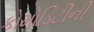
કોમોડિટીની